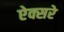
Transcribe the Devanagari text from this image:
ऐक्सरे